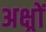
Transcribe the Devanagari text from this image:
अक्ष्रों